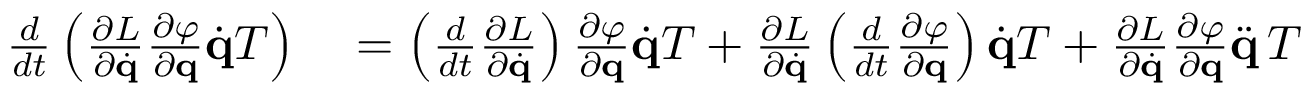
\begin{array} { r l } { { \frac { d } { d t } } \left( { \frac { \partial L } { \partial { \dot { \mathbf { q } } } } } { \frac { \partial \varphi } { \partial \mathbf { q } } } { \dot { \mathbf { q } } } T \right) } & { { } = \left( { \frac { d } { d t } } { \frac { \partial L } { \partial { \dot { \mathbf { q } } } } } \right) { \frac { \partial \varphi } { \partial \mathbf { q } } } { \dot { \mathbf { q } } } T + { \frac { \partial L } { \partial { \dot { \mathbf { q } } } } } \left( { \frac { d } { d t } } { \frac { \partial \varphi } { \partial \mathbf { q } } } \right) { \dot { \mathbf { q } } } T + { \frac { \partial L } { \partial { \dot { \mathbf { q } } } } } { \frac { \partial \varphi } { \partial \mathbf { q } } } { \ddot { \mathbf { q } } } \, T } \end{array}